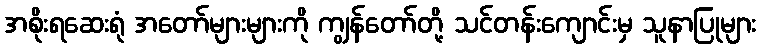
အစိုးရဆေးရုံ အတော်များများကို ကျွန်တော်တို့ သင်တန်းကျောင်းမှ သူနာပြုများ